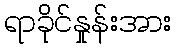
ရာခိုင်နှုန်းအား